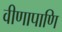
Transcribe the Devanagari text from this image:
वीणापाणि